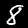
Label: 8